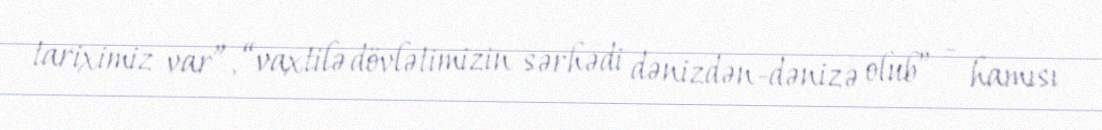
tariximiz var”, “vaxtilə dövlətimizin sərhədi dənizdən-dənizə olub” - hamısı